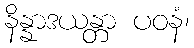
နိန္နာဒယန္တာ ပဝနံ၊